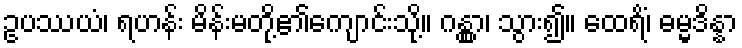
ဥပဿယံ၊ ရဟန်း မိန်းမတို့၏ကျောင်းသို့။ ဂန္တွာ၊ သွား၍။ ထေရိံ၊ ဓမ္မဒိန္နာ